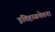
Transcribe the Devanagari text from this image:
इतिहासचेतना